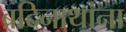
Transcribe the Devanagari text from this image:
ब्रदिनाथांना